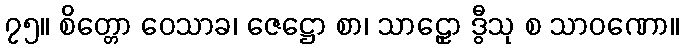
၇၅။ စိတ္တော ဝေသာခ၊ ဇေဋ္ဌော စာ၊ သာဠှော ဒွီသု စ သာဝဏော။